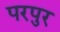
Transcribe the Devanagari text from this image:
परपुर